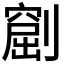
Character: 𠟶